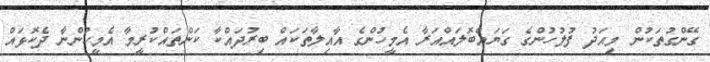
ގޭންގުތަކުން މިއަދު ފުލުހުންގެ ގަޔައްބޮލައްއަރާ އެމީހުންގެ އާއިލާތަކައް ބިރުދައްކާ ކަންތައްކުރީމާ އެމީހުންނާ ދެކޮޅައް